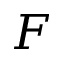
F